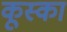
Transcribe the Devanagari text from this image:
कूस्का